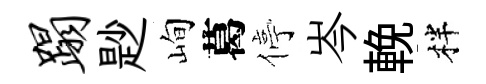
蹋尟峋葛停岑輓柈